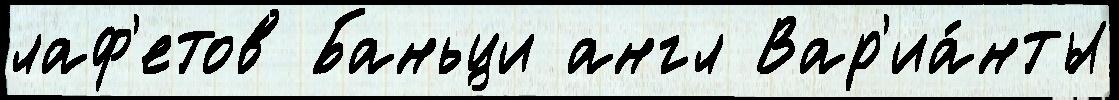
лаф'етов Баньци англ Вар'иа́нты